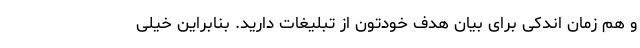
و هم زمان اندکی برای بیان هدف خودتون از تبلیغات دارید. بنابراین خیلی